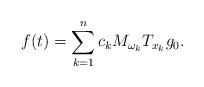
LaTeX: \begin{align*}f(t) = \sum_{k=1}^n c_k M_{\omega_k} T_{x_k} g_0 .\end{align*}